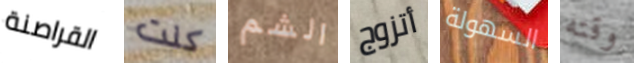
القراصنة كنت الشم أتزوج السهولة وقته